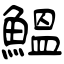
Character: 鰛